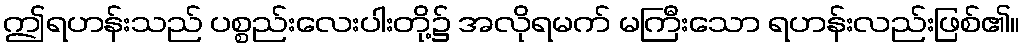
ဤရဟန်းသည် ပစ္စည်းလေးပါးတို့၌ အလိုရမက် မကြီးသော ရဟန်းလည်းဖြစ်၏။